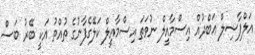
އަލްފާޟިލް ޢަބްދުއް އިސްމާއީލް ނުވަތަ އިސްމާއީލް ކަލޭގެފާނުގެ ތުއްތު އަކީ ބޭރު ބަސް